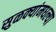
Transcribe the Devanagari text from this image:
सुळक्यांमधल्या